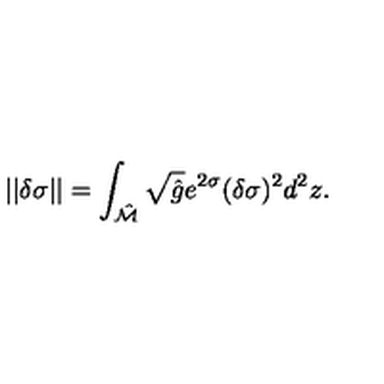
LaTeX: | | \delta \sigma | | = \int _ { \hat { \cal M } } \sqrt { \hat { g } } e ^ { 2 \sigma } ( \delta \sigma ) ^ { 2 } d ^ { 2 } z .